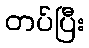
တပ်ပြီး